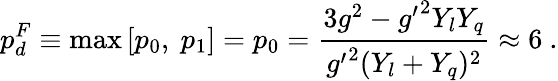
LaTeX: p_{d}^{F}\equiv\operatorname*{max}{[p_{0},~p_{1}]}=p_{0}=\frac{3g^{2}-{g^{\prime}}^{2}Y_{l}Y_{q}}{{g^{\prime}}^{2}(Y_{l}+Y_{q})^{2}}\approx 6~.